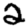
Digit: 2